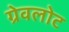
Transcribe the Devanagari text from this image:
ग्रेवलोट